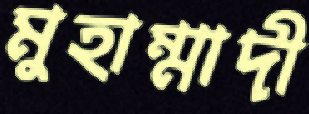
মুহাম্মাদী